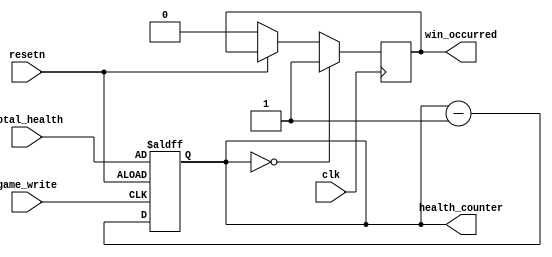
module win_checker(
	input clk,
	input resetn,
	
	input game_write,
	input [9:0]total_health,
		
	output reg win_occurred,
	output reg [9:0]health_counter
	);
	
	//reg [9:0]health_counter;
	
	always @(posedge game_write, negedge resetn)begin
		if(!resetn) begin
			health_counter <= total_health;
		end
		else if(game_write) begin
			health_counter <= health_counter - 10'd1;
//				health_counter <= total_health;
		end
	end
	
	always @(posedge clk)begin
		if(!resetn)begin
			win_occurred <= 1'd0;
		end
		if(health_counter == 10'd0) begin
			win_occurred <= 1'd1;
		end
	end
		
endmodule